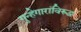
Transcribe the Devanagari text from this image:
गुन्हेगारांविरुद्ध